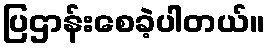
ပြဌာန်းစေခဲ့ပါတယ်။